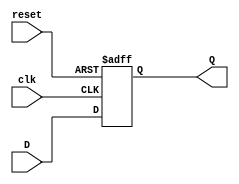
module d_flip_flop (
    input wire clk,
    input wire reset,
    input wire D,
    output reg Q
);

always @(posedge clk or posedge reset)
begin
    if (reset)
        Q <= 1'b0;
    else
        Q <= D;
end

endmodule